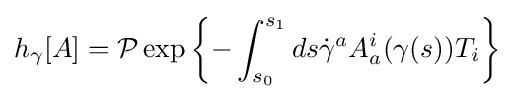
h_{\gamma }[A]={\mathcal {P}}\exp \left\{-\int _{s_{0}}^{s_{1}}ds{\dot {\gamma }}^{a}A_{a}^{i}(\gamma (s))T_{i}\right\}